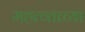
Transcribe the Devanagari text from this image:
महत्व्ताच्या